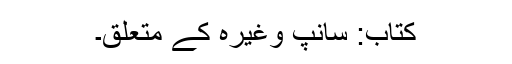
کتاب: سانپ وغیرہ کے متعلق۔